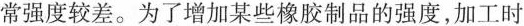
常强度较差。为了增加某些橡胶制品的强度，加工时